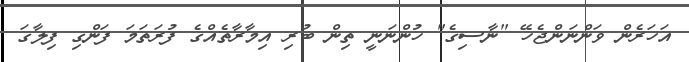
އަހަރެން ވަންނަންޖެހޭ "ނާސިގެ" ހުންނަނީ ތިން ބުރި އިމާރާތެއްގެ ފުރަތަމަ ފަންގި ފިލާގަ